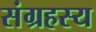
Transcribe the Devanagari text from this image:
संग्रहस्य